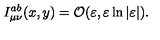
I _ { \mu \nu } ^ { a b } ( x , y ) = { \cal O } ( \varepsilon , \varepsilon \ln | \varepsilon | ) .